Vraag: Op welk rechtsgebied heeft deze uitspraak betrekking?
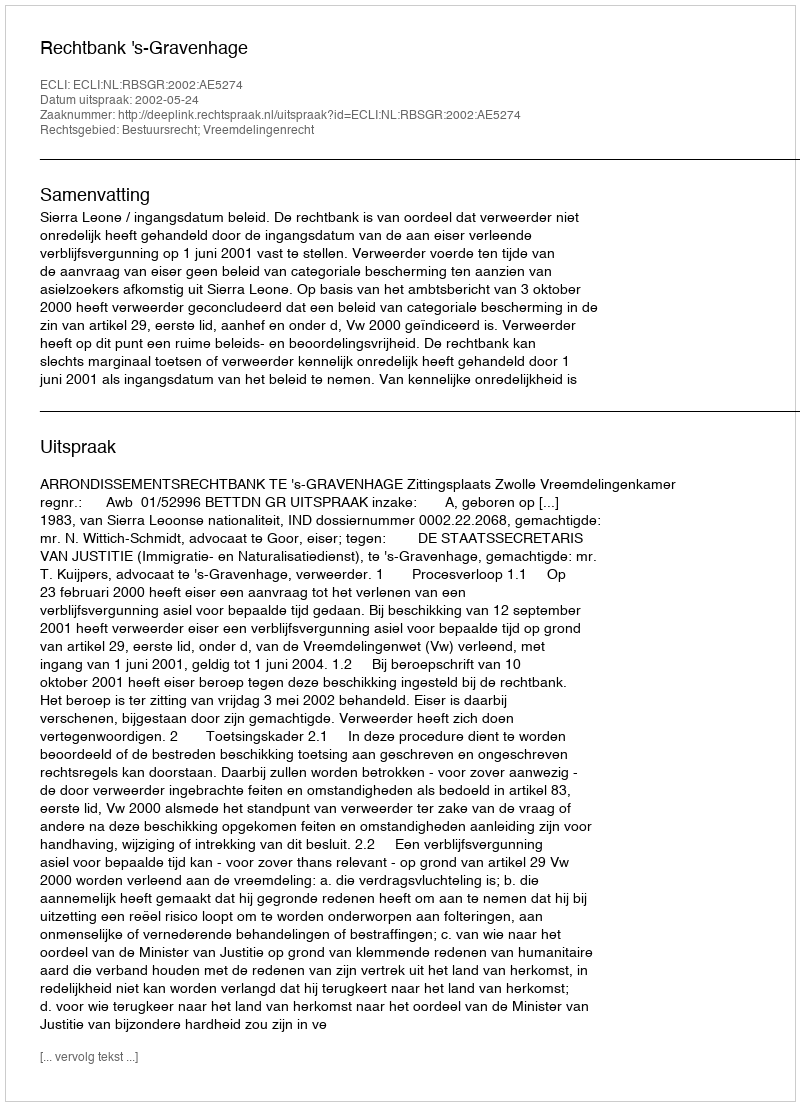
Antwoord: Bestuursrecht; Vreemdelingenrecht